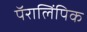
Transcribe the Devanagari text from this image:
पॅरालिंपिक